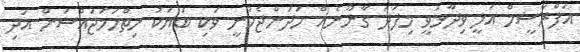
އަފްރާޝީމް އަލީ ވިދާޅުވީ މިފަދަ ގާނޫނެއް ހަދަންޖެހުނީ ވަކި ބަޔަކު ހިތްހަމަޖައްސަން އަދި